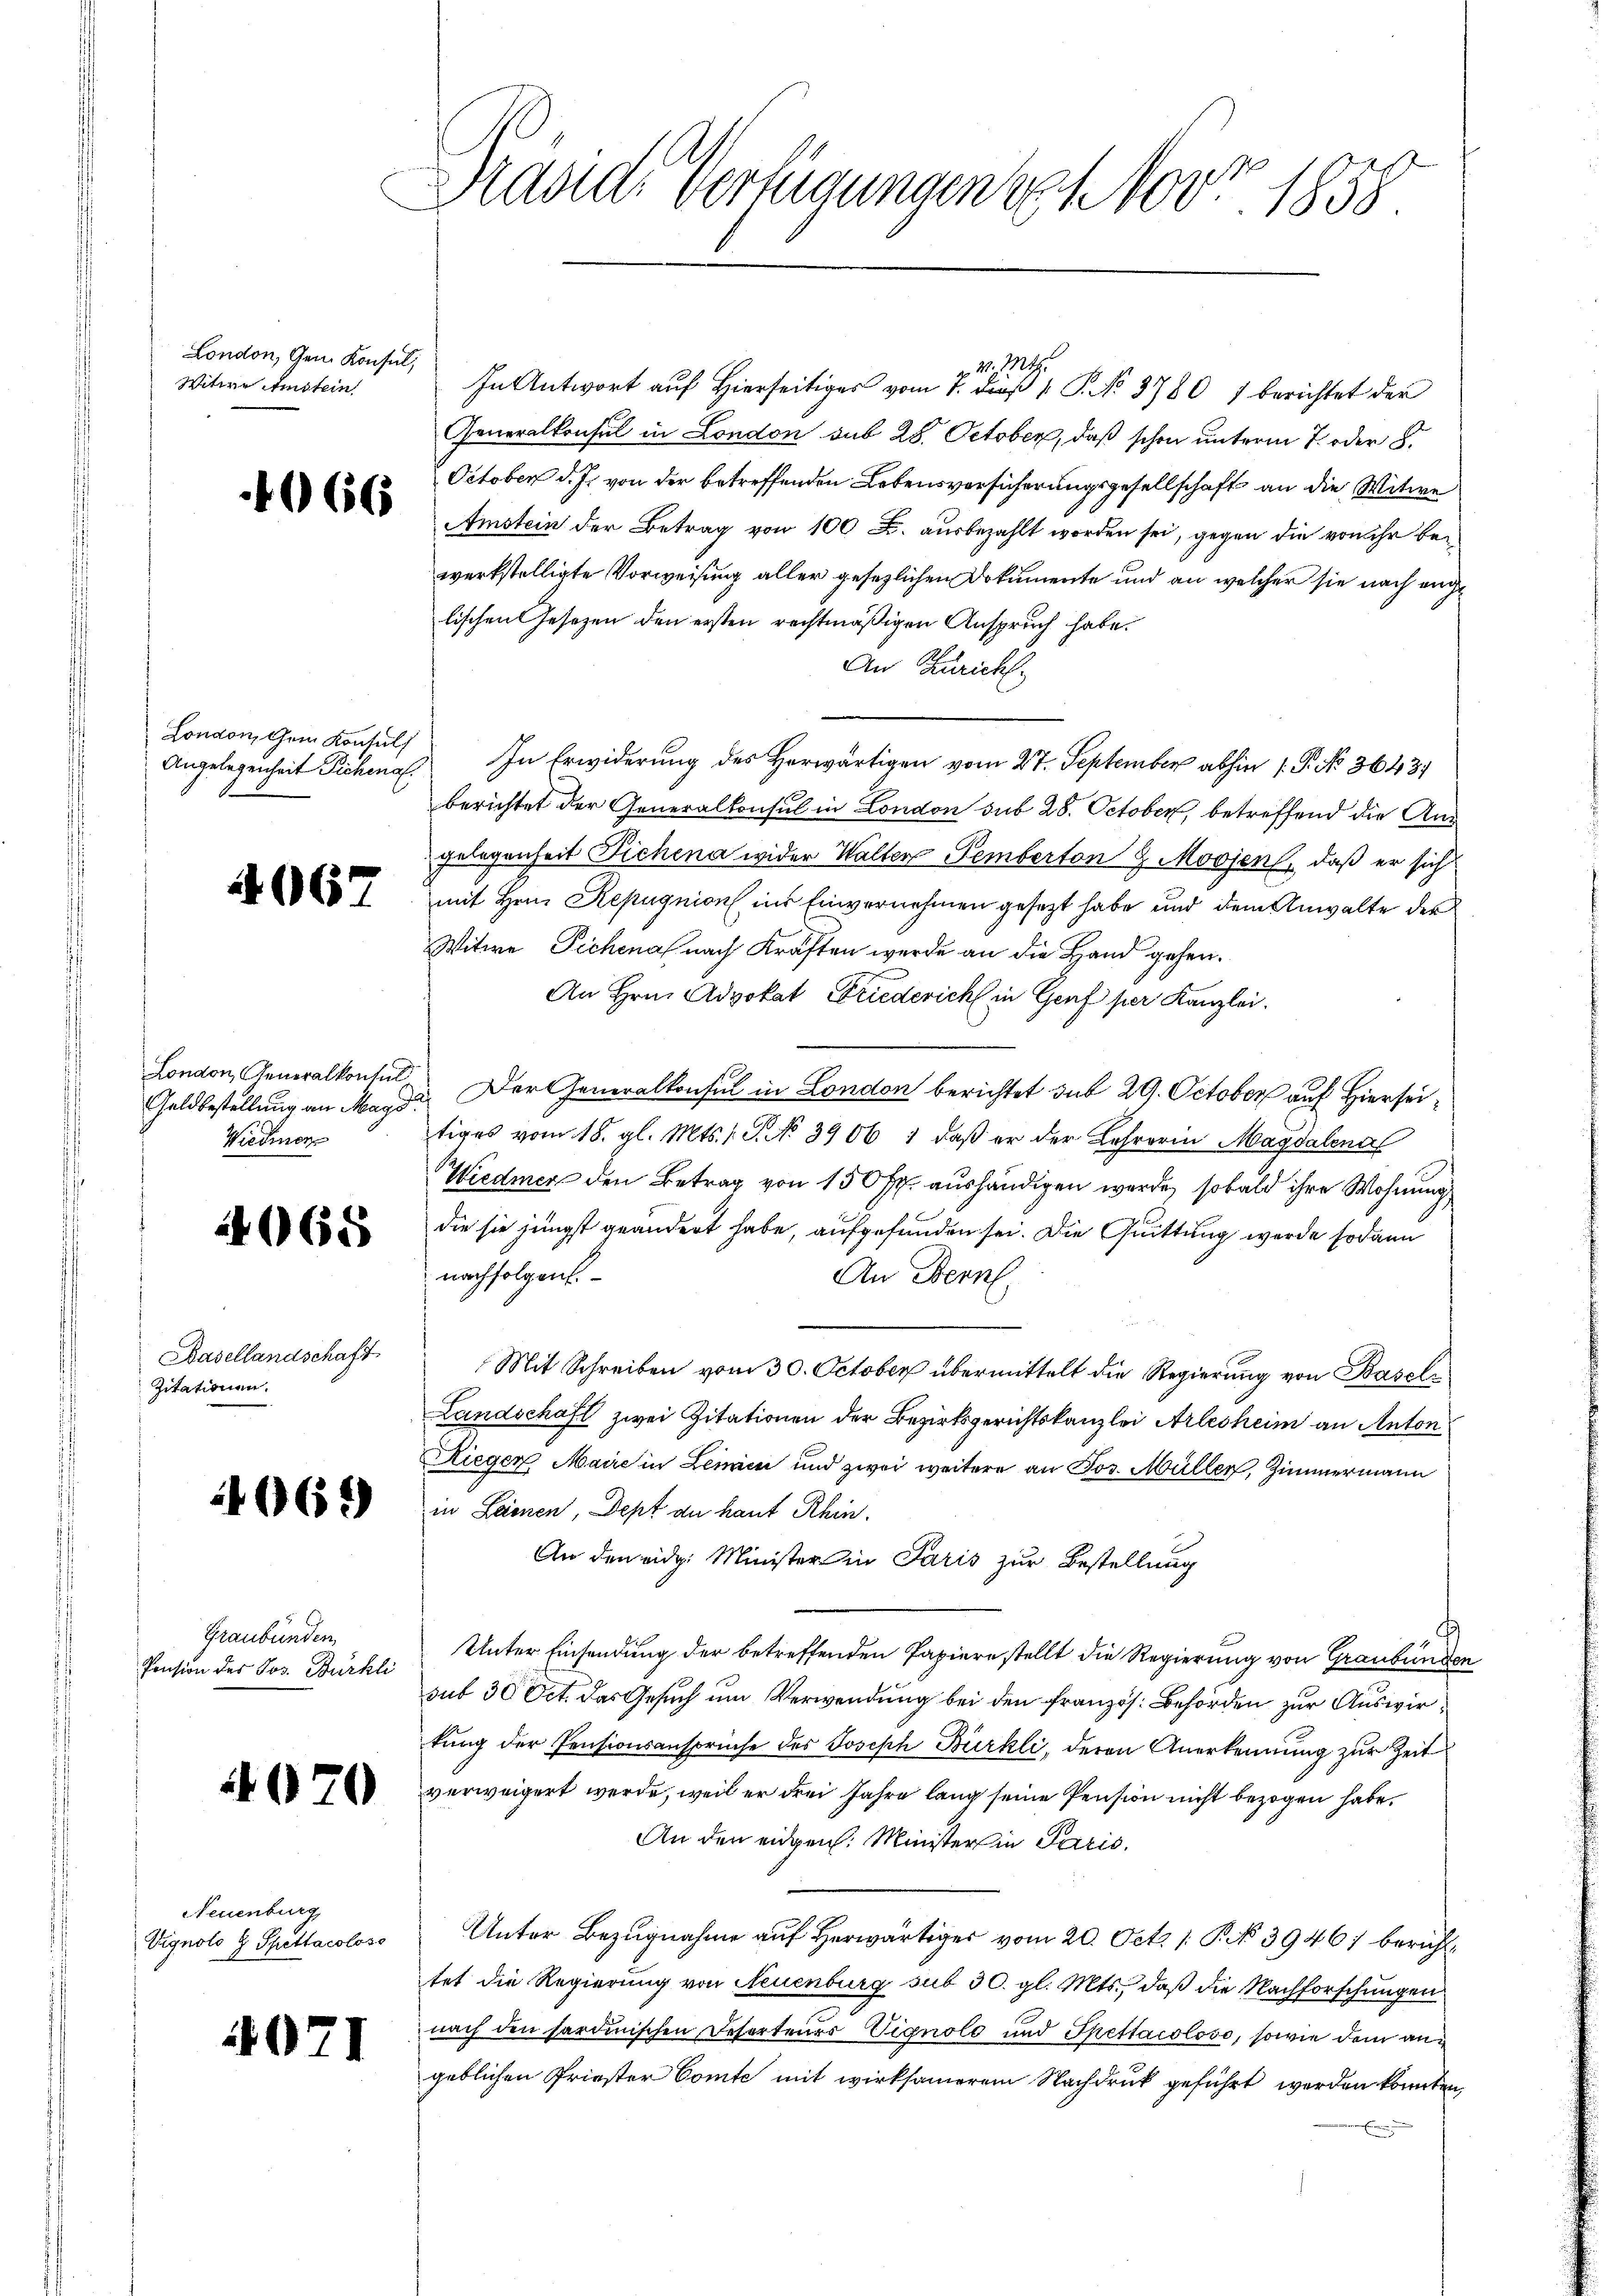
London, Gem. Konsul,
Witwe Anstein

4065

2

4

466.

London, Generalkontul
Geldbestellung an Mayd
Wiedmen

Basellandschaft
Zitationen.

4

665

66

London, dem Konsul

Graubünden
Pension des Jos. Bürkli

071

¬

Neuenburg,
Eignolo H. Spittacolose

Präside Verfügungen ich 1000. 1858.

M. 1824.
In Antwort auf Hierseitiges vom 7. dieß P. No. 3780 1 berichtet der
Generalkonsul in London sub 28. October, daß schon unterm 7. oder 8.
October d. Js. von der betreffenden Lebensversicherungsgesellschaft an die Witwe
Amstein der Betrag von 100 K. ausbezahlt worden sei, gegen die von ihr bewerkstelligte Vorweisung aller gesetzlichen Dokumente und an welcher sie nach enge
lischen Gesetzen den ersten rechtmäßigen Anspruch habe.
An Zürich
Angelegenheit Sichenal. In Erwiderung des Horwärtigen vom 27. September abhin 1. P. No. 36431
berichtet der Generalkonsul in London sub 28. October, betreffend die Aus
gelegenheit Fichena wider Walten Temberton 9 Movjenf, daß er sich
mit Hrn. Repugnion ins Einvernehmen gesezt habe und dem Anwalte des
Witwe Pechenal nach Kräften werde an die Hand gehen.
An Hrn. Advokat Friederich in Genf per Kanzlei.
Der Generalkonsul in London berichtet sub 29. October auf Hierse
tiges vom 18. gl. Mts. v. J. No 3906 : daß er der Lehrerin Magdalena
Wiedmer den Betrag von 150 fr. aushändigen werde, sobald ihre Wohnung
die sie jüngst geändert habe, aufgefunden sei. Die Quittung werde sodann
nachfolgen.
An Bern.
Mit Schreiben vom 30. October übermittelt die Regierung von Basel¬
Landschaft zwei Zitationen der Bezirksgerichtskanzlei Arlesheim an Anton
Riegen Maire in Leuen und zwei weitere an Jos. Müller, Zimmermann
in Laien, Dept du haut Rhin.
An den eidg. Minister in Paris zur Bestellung
Unter Einsendung der betreffenden Papiere stellt die Regierung von Graubünden
sub 30 Oct. das Gesuch um Verwendung bei den französ. Behörden zur Auswirtung der Pensionsansprüche des Joseph Bürkli, deren Anerkennung zur Zeit
verweigert werde, weil er drei Jahre lang seine Pension nicht bezogen habe.
An den eidgen. Minister in Paris.
Unter Bezugnahme auf Herwärtiger vom 20. Oct. 1 P. Nr. 39467 berichttet die Regierung von Neuenburg sub 30. gl. Mts., daß die Nachforschungen
nach den sardinischen Reserteurs Vignolo und Spettacoloso, sowie dem angeblichen Priester Comte mit wirksamerem Nachdruck geführt werden konnten,
5